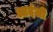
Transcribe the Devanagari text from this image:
आदंजी